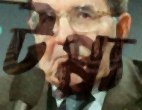
টপ্প্য